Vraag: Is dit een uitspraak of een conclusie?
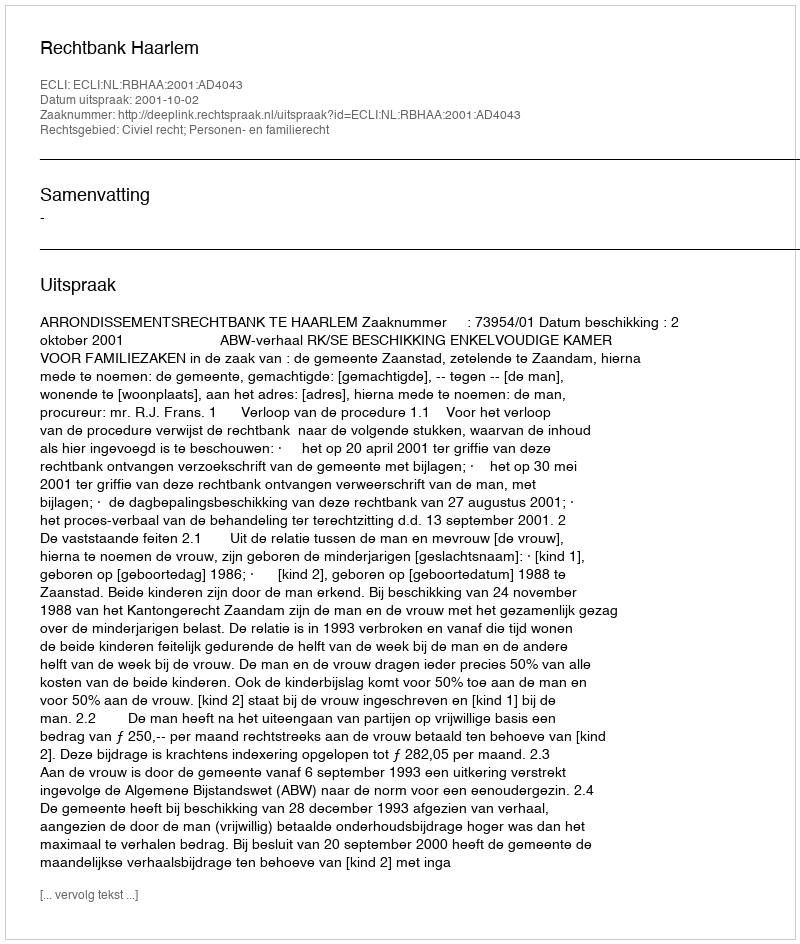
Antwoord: Uitspraak